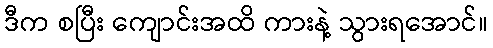
ဒီက စပြီး ကျောင်းအထိ ကားနဲ့ သွားရအောင်။